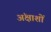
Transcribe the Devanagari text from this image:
अंक्षाशों